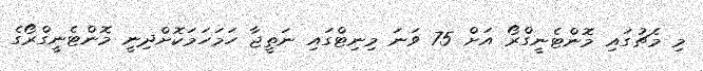
މި މެޗުގައި މޮންޓެނީގްރޯ އަށް 75 ވަނަ މިނިޓްގައި ނަތީޖާ ހަމަހަމަކޮށްދިނީ މޮންޓެނީގްރޯގެ